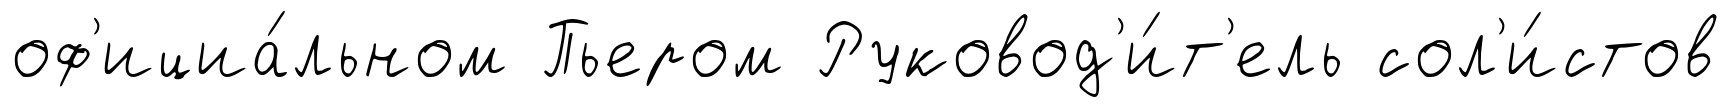
оф'ициа́льном Пьером Руковод'и́т'ель сол'и́стов